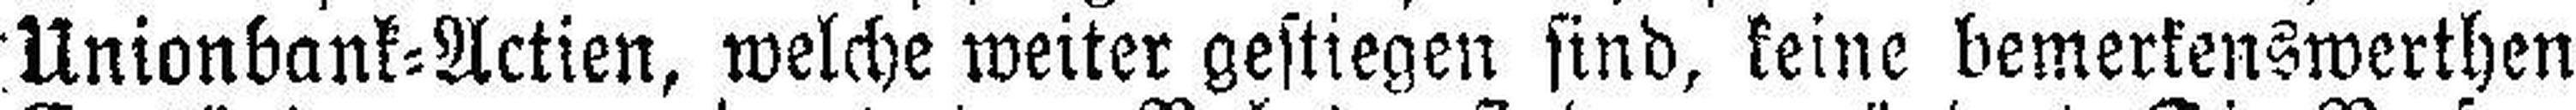
Unionbank=Actien, welche weiter gestiegen sind, keine bemerkenswerthen